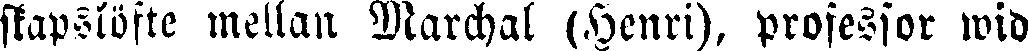
skapslöfte mellan Marchal (Henri), professor wid